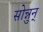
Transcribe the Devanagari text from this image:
सोन्नुन्